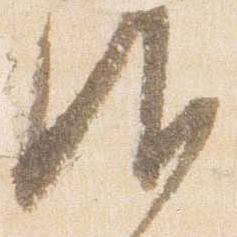
御